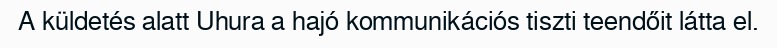
A küldetés alatt Uhura a hajó kommunikációs tiszti teendőit látta el.